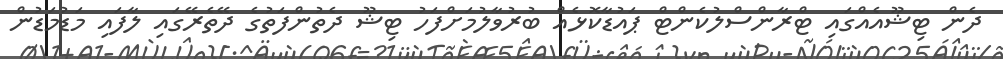
ދެން ޓިޝޫއެއްގައި ޓްރާންސްލުކެންޓް ޕައުޑާކޮޅެއް ބުރުވާލުމަށްފަހު ޓިޝޫ ދެތުންފަތުގެ ދޭތެރޭގައި ލާފައި މަޑުމަޑުން